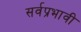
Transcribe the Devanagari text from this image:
सर्वप्रभावी